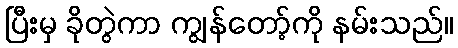
ပြီးမှ ခိုတွဲကာ ကျွန်တော့်ကို နမ်းသည်။